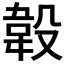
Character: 𣪡